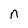
Character: n